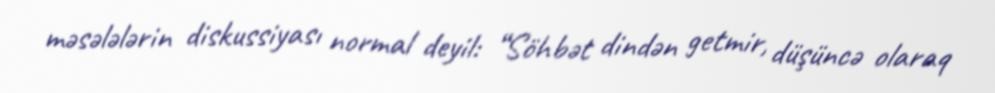
məsələlərin diskussiyası normal deyil: “Söhbət dindən getmir, düşüncə olaraq